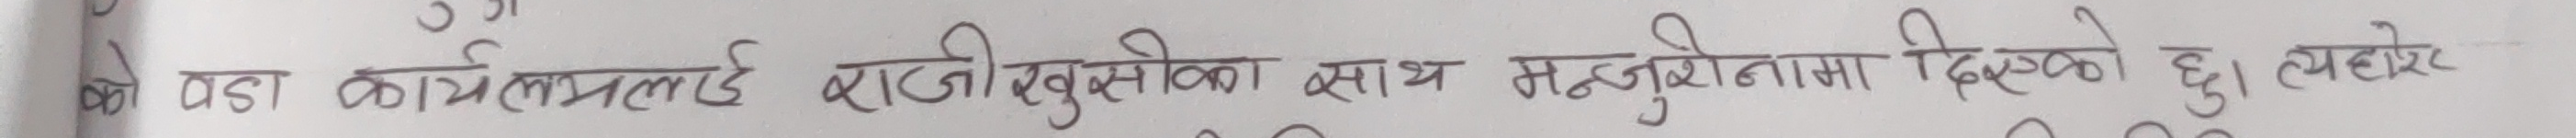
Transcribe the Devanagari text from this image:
पडा कार्यालयलाई राजीखुसीका साथ मन्जुरीनामा दिएको छ। त्यसरे